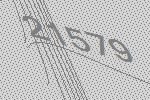
21579